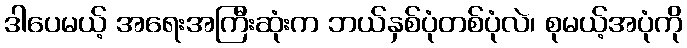
ဒါပေမယ့် အရေးအကြီးဆုံးက ဘယ်နှစ်ပုံတစ်ပုံလဲ၊ စုမယ့်အပုံကို